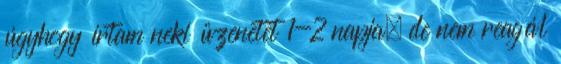
úgyhogy írtam neki üzenetet 1-2 napja, de nem reagál